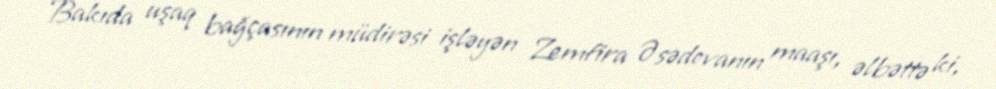
Bakıda uşaq bağçasının müdirəsi işləyən Zemfira Əsədovanın maaşı, əlbəttə ki,